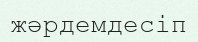
жәрдемдесіп